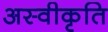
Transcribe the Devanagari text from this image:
अस्‍वीकृति